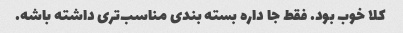
کلا خوب بود. فقط جا داره بسته بندی مناسب‌تری داشته باشه.